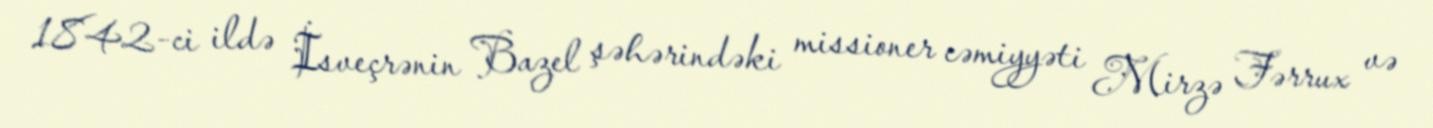
1842-ci ildə İsveçrənin Bazel şəhərindəki missioner cəmiyyəti Mirzə Fərrux və